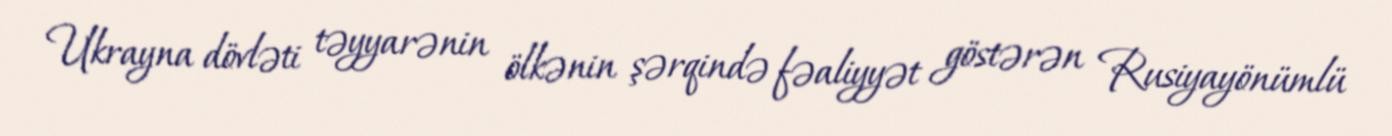
Ukrayna dövləti təyyarənin ölkənin şərqində fəaliyyət göstərən Rusiyayönümlü